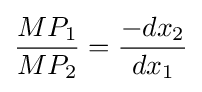
{\frac {MP_{1}}{MP_{2}}}={\frac {-dx_{2}}{dx_{1}}}